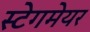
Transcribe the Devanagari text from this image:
स्टेगमेयर